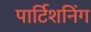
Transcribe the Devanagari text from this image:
पार्टिशनिंग